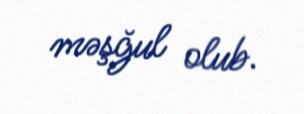
məşğul olub.